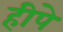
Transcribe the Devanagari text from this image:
हीपे